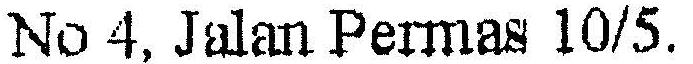
NO 4, JALAN PERMAS 10/5,